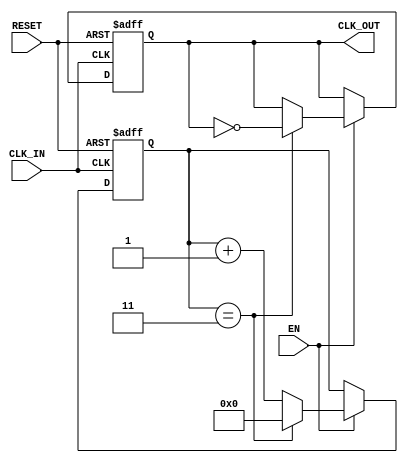
module ClockDividerBuffer #(
    parameter N = 4 // Division factor, must be a positive integer
)(
    input wire CLK_IN,   // Input clock signal
    input wire RESET,    // Reset signal
    input wire EN,       // Enable signal
    output reg CLK_OUT    // Output divided clock signal
);

    reg [31:0] counter; // Counter to keep track of clock cycles

    // Ensure that the division factor is a positive integer
    initial begin
        if (N <= 0) begin
            $fatal("Division factor N must be a positive integer.");
        end
    end

    always @(posedge CLK_IN or posedge RESET) begin
        if (RESET) begin
            counter <= 0;
            CLK_OUT <= 0; // Reset output clock
        end else if (EN) begin
            if (counter == (N - 1)) begin
                CLK_OUT <= ~CLK_OUT; // Toggle the output clock
                counter <= 0; // Reset counter
            end else begin
                counter <= counter + 1; // Increment counter
            end
        end
    end

endmodule